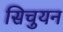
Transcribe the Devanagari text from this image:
सिचुयन